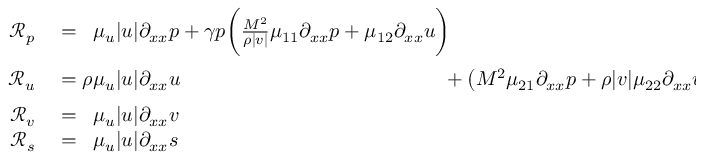
\begin{array} { r l } { \mathcal { R } _ { p } } & { { } = \phantom { \rho } \mu _ { u } | u | \partial _ { x x } p + \gamma p \bigg ( \frac { M ^ { \- 2 } } { \rho | v | } \mu _ { 1 1 } \partial _ { x x } p + \mu _ { 1 2 } \partial _ { x x } u \bigg ) \phantom { + \big ( M ^ { \- 2 } \mu _ { 2 1 } \partial _ { x x } p + \rho | v | \mu _ { 2 2 } \partial _ { x x } u \big ) } } \\ { \mathcal { R } _ { u } } & { { } = \rho \mu _ { u } | u | \partial _ { x x } u \phantom { + \gamma p \bigg ( \frac { M ^ { \- 2 } } { \rho | v | } \mu _ { 1 1 } \partial _ { x x } p + \mu _ { 1 2 } \partial _ { x x } u \bigg ) } + \big ( M ^ { \- 2 } \mu _ { 2 1 } \partial _ { x x } p + \rho | v | \mu _ { 2 2 } \partial _ { x x } u \big ) } \\ { \mathcal { R } _ { v } } & { { } = \phantom { \rho } \mu _ { u } | u | \partial _ { x x } v } \\ { \mathcal { R } _ { s } } & { { } = \phantom { \rho } \mu _ { u } | u | \partial _ { x x } s } \end{array}